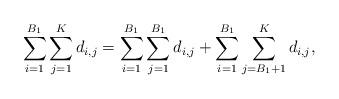
LaTeX: \begin{align*}\begin{aligned}\sum\limits_{i=1}^{B_{1}}\sum\limits_{j=1}^{K} d_{i,j}&=\sum\limits_{i=1}^{B_{1}}\sum\limits_{j=1}^{B_1} d_{i,j}+\sum\limits_{i=1}^{B_{1}}\sum\limits_{j={B_1}+1}^{K} d_{i,j},\\\end{aligned}\end{align*}